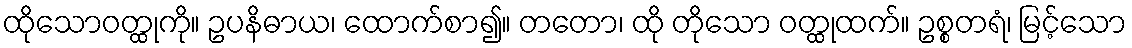
ထိုသောဝတ္ထုကို။ ဥပနိဓာယ၊ ထောက်စာ၍။ တတော၊ ထို တိုသော ဝတ္ထုထက်။ ဥစ္စတရံ၊ မြင့်သော